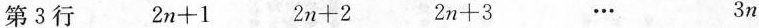
第3行 $$2 n + 1$$ $$2 n + 2$$ $$2 n + 3$$ … 3n